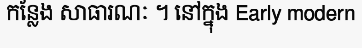
កន្លែង សាធារណៈ ។ នៅក្នុង Early modern